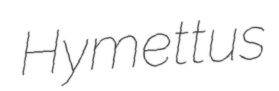
Hymettus